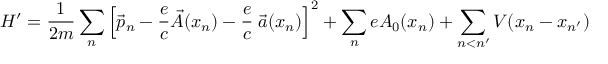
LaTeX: H ^ { \prime } = \frac { 1 } { 2 m } \sum _ { n } \left[ \vec { p } _ { n } - \frac { e } { c } \vec { A } ( x _ { n } ) - \frac { e } { c } \; \vec { a } ( x _ { n } ) \right] ^ { 2 } + \sum _ { n } e A _ { 0 } ( x _ { n } ) + \sum _ { n < n ^ { \prime } } V ( x _ { n } - x _ { n ^ { \prime } } )